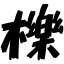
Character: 櫟